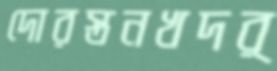
দোরস্তনখদর্